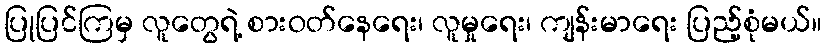
ပြုပြင်ကြမှ လူတွေရဲ့ စားဝတ်နေရေး၊ လူမှုရေး၊ ကျန်းမာရေး ပြည့်စုံမယ်။